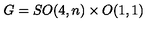
G = S O ( 4 , n ) \times O ( 1 , 1 )